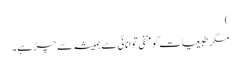
)
مگر طبیعیات کو منفی توانائی سے ہمیشہ سے چڑ ہے۔